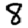
Digit: 8